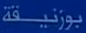
بوزنیقة